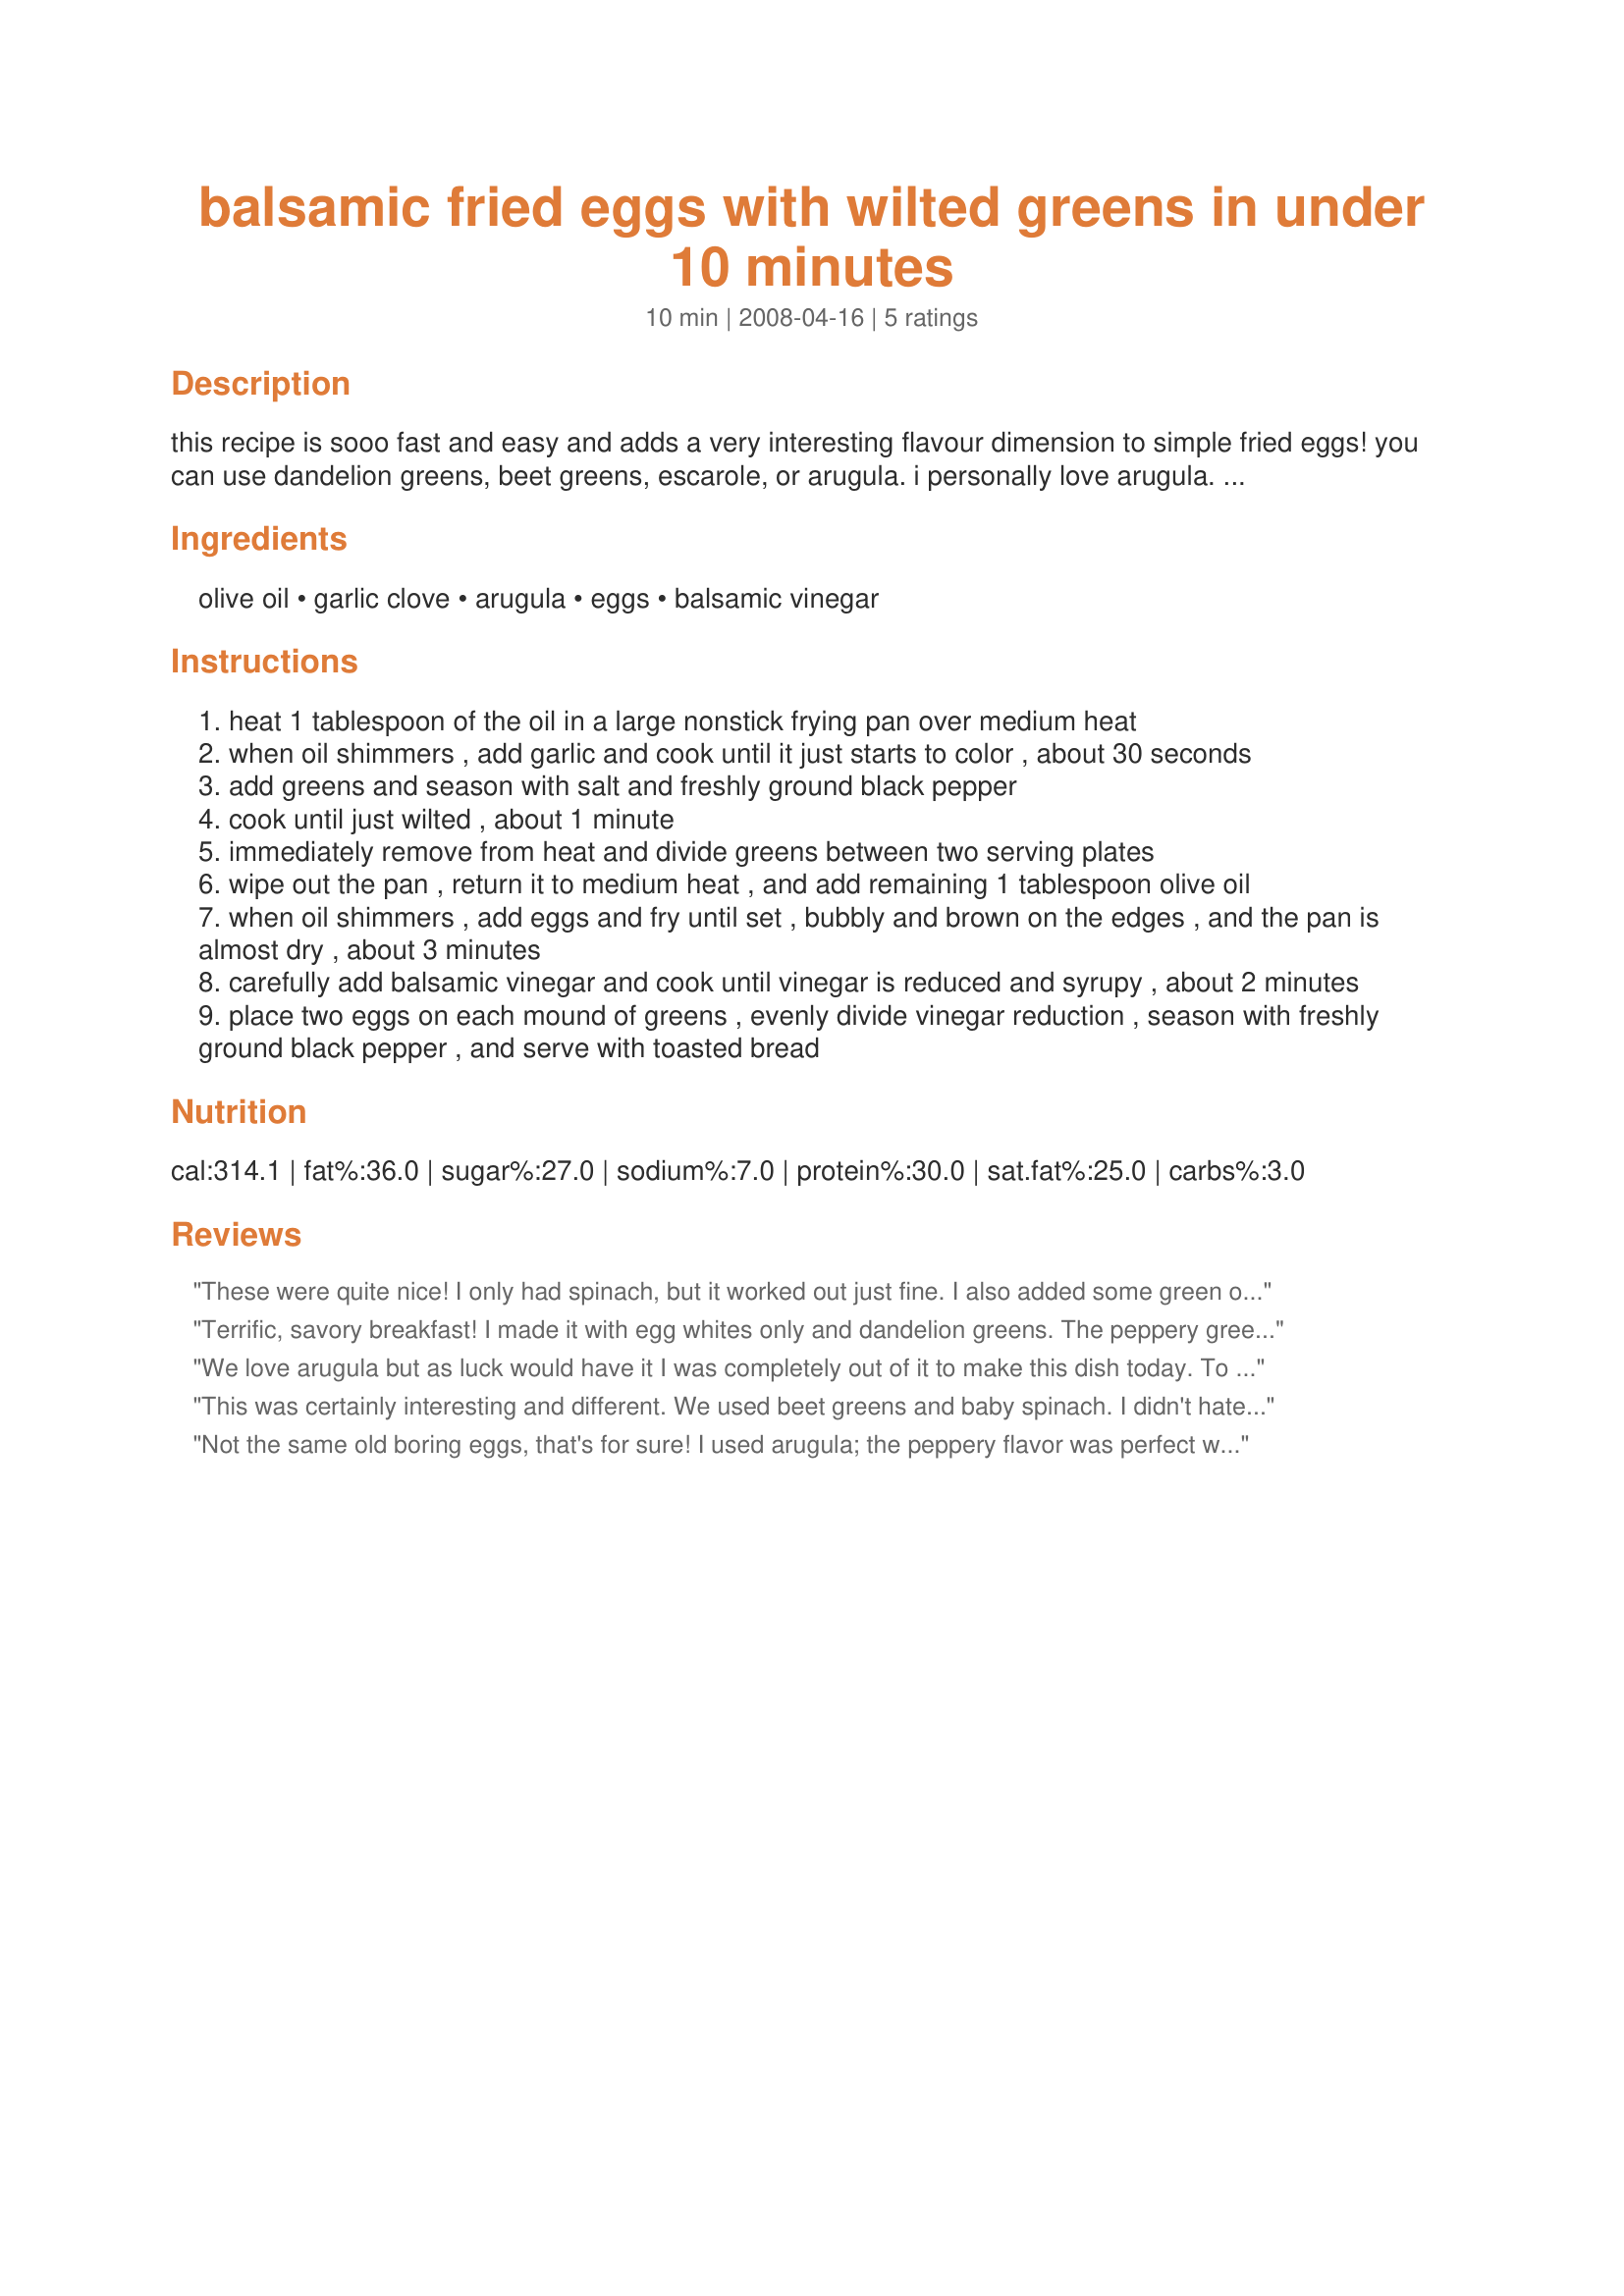
balsamic fried eggs with wilted greens in under 10 minutes
Preparation time: 10 minutes

this recipe is sooo fast and easy and adds a very interesting flavour dimension to simple fried eggs! you can use dandelion greens, beet greens, escarole, or arugula. i personally love arugula.
if you like onions, you can add some chopped onions to the pan with the garlic.
this recipe is from chowhound.com.

Ingredients:
olive oil, garlic clove, arugula, eggs, balsamic vinegar

Steps:
heat 1 tablespoon of the oil in a large nonstick frying pan over medium heat
when oil shimmers , add garlic and cook until it just starts to color , about 30 seconds
add greens and season with salt and freshly ground black pepper
cook until just wilted , about 1 minute
immediately remove from heat and divide greens between two serving plates
wipe out the pan , return it to medium heat , and add remaining 1 tablespoon olive oil
when oil shimmers , add eggs and fry until set , bubbly and brown on the edges , and the pan is almost dry , about 3 minutes
carefully add balsamic vinegar and cook until vinegar is reduced and syrupy , about 2 minutes
place two eggs on each mound of greens , evenly divide vinegar reduction , season with freshly ground black pepper , and serve with toasted bread

Reviews:
These were quite nice! I only had spinach, but it worked out just fine. I also added some green onion. I love the balsamic vinegar! Thanks! :D
Terrific, savory breakfast! I made it with egg whites only and dandelion greens. The peppery greens with the sweetness of the balsamic reduction made for a beautifully balanced flavor profile. Farm-fresh white peaches sliced on the side were equally tasty with the left over reduction. Thanks for posting!
We love arugula but as luck would have it I was completely out of it to make this dish today. To the rescue: radish greens from our CSA box. Fresh local eggs, blooming chives from the garden and also added some baby spinach leaves to the mix. Made as written. Easy, and oh so tasty scooped up with whole wheat sourdough bread. Thanks!
This was certainly interesting and different. We used beet greens and baby spinach. I didn't hate it, but I probably wouldn't make it again that way. I think it would be better with arugula and we may try that.
Not the same old boring eggs, that's for sure! I used arugula; the peppery flavor was perfect with the eggs and balsamic vinegar. This makes a very pretty presentation and is super easy to make. A great way to eat greens and eggs. Thanx for posting this. I'll be making this again with any variety of greens that I may have!
